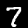
Label: 7